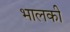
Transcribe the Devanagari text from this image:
भालकी